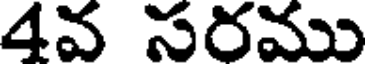
4వ సరము